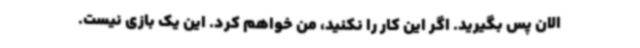
الان پس بگیرید. اگر این کار را نکنید، من خواهم کرد. این یک بازی نیست.